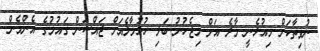
ނުވިތާކަށް މިއުޅެނީ މާލެ އަށް މިޖެހުނު ބަލި ހުޅުމާލެއަށް ޖައްސަން ގައުމުގެ އެންމެން